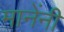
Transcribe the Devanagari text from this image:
मानेंनी